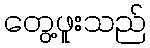
တွေ့ဖူးသည်